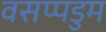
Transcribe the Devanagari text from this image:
वसप्पडुम